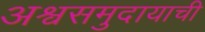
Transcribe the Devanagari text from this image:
अश्वसमुदायाची